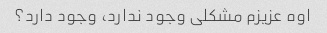
اوه عزیزم مشکلی وجود ندارد، وجود دارد؟